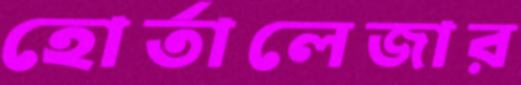
হোর্তালেজার